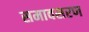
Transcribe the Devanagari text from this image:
समावसरण